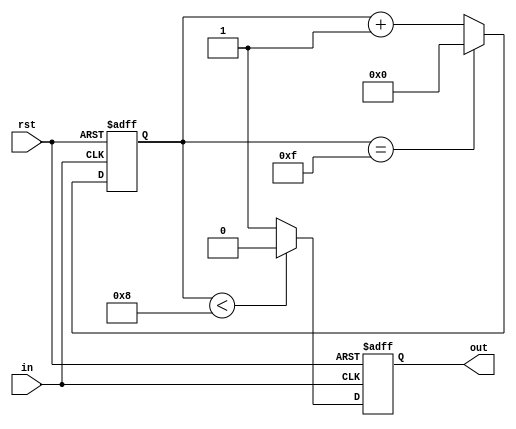
//Verilog HDL for "PLL", "divider_d" "functional"

module divider_d(out,in,rst);
input in,rst;
output reg out ;
reg [15:0] cnt;
always@(posedge in or negedge rst) 
begin
  if (!rst)
    cnt<= 0;
  else if (cnt == 15)
    cnt <= 0;
  else
    cnt <= cnt+1;
end
always@(posedge in or negedge rst)
begin 
  if (!rst)
    out<= 0 ;
  else if (cnt<8)  
    out<= 0;
  else 
    out <= 1;
end
endmodule